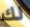
لك